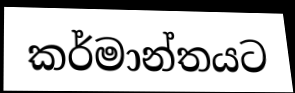
කර්මාන්තයට